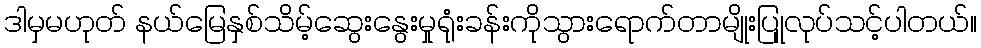
ဒါမှမဟုတ် နယ်မြေနှစ်သိမ့်ဆွေးနွေးမှုရုံးခန်းကိုသွားရောက်တာမျိုးပြုုလုပ်သင့်ပါတယ်။